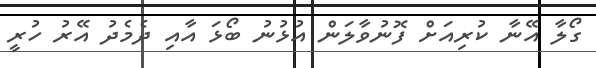
ގޯލާ އޭނާ ކުރިއަށް ފޮނުވާލަން އުޅުނު ބޯޅަ އާއި ދެމެދު އޭރު ހުރީ